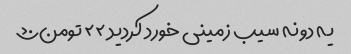
یه دونه سیب زمینی خورد کردید ۲۲ تومن؟؟؟